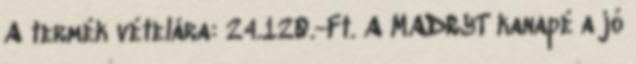
A termék vételára: 24.120.-Ft. A MADRYT kanapé a jó